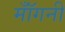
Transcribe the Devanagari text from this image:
मॉँगनी